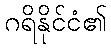
ဂရိနိုင်ငံ၏